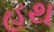
હથ